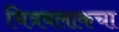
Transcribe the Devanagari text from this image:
चित्रबलाकचा